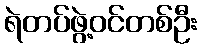
ရဲတပ်ဖွဲ့ဝင်တစ်ဦး